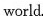
world.